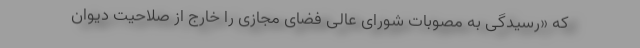
که «رسیدگی به مصوبات شورای عالی فضای مجازی را خارج از صلاحیت دیوان